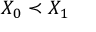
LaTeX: X _ { 0 } \prec X _ { 1 }